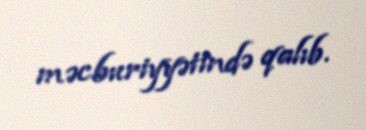
məcburiyyətində qalıb.